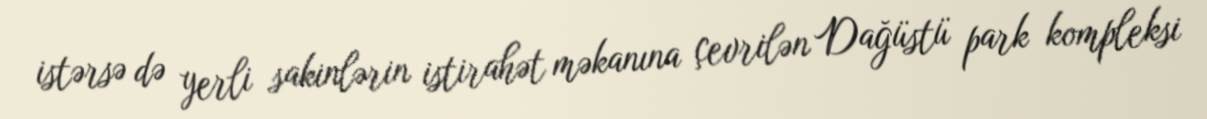
istərsə də yerli sakinlərin istirahət məkanına çevrilən Dağüstü park kompleksi